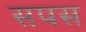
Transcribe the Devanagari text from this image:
सपस